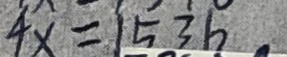
4 x = 1 5 3 6